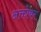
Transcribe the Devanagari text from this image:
अक्तोबर